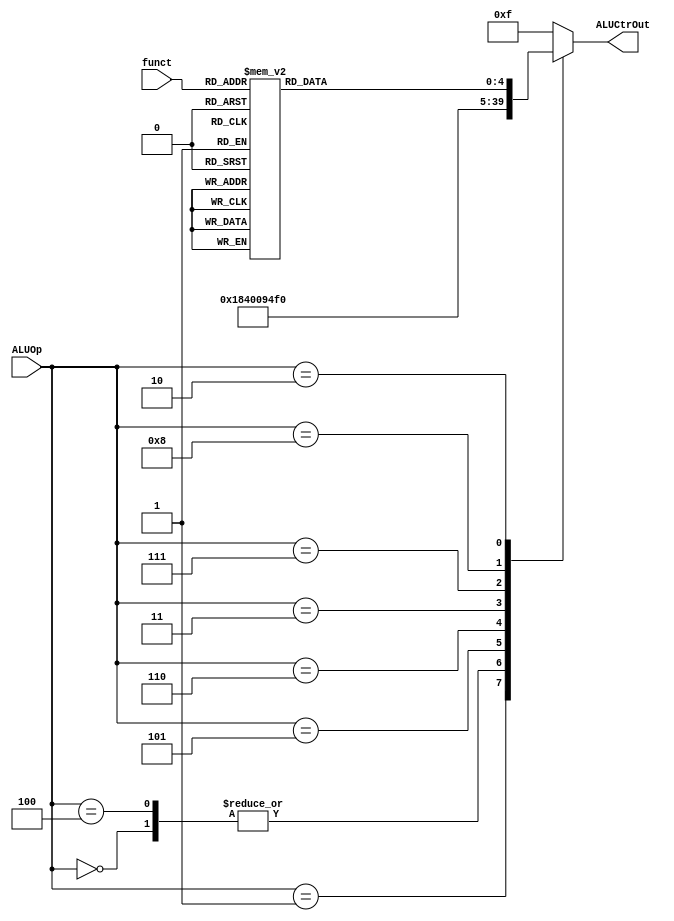
`timescale 1ns / 1ps
//////////////////////////////////////////////////////////////////////////////////
// Company: 
// Engineer: 
// 
// Design Name: 
// Module Name: aluCtr
// Project Name: 
// Target Devices: 
// Tool Versions: 
// Description: 
// 
// Dependencies: 
// 
// Revision:
// Revision 0.01 - File Created
// Additional Comments:
// 
//////////////////////////////////////////////////////////////////////////////////


module aluCtr(
    input [3:0] ALUOp,
    input [5:0] funct,
    output reg [4:0] ALUCtrOut
    );
    initial begin
    ALUCtrOut=0;
    end
    always @ (ALUOp or funct)
    begin
        case (ALUOp)
            4'b0000: ALUCtrOut=5'b00010;
            4'b0001: ALUCtrOut=5'b00110;
            4'b0100: ALUCtrOut=5'b00010;
            4'b0101: ALUCtrOut=5'b00000;
            4'b0110: ALUCtrOut=5'b00001;
            4'b0011: ALUCtrOut=5'b00101;
            4'b0111: ALUCtrOut=5'b00111;
            4'b1000: ALUCtrOut=5'b10000;
        4'b0010: 
        begin
            case (funct)
            6'b100000:ALUCtrOut=5'b00010;//add
            6'b100001:ALUCtrOut=5'b00010;//addu
            6'b100010:ALUCtrOut=5'b00110;//sub
            6'b100011:ALUCtrOut=5'b00110;//subu
            6'b100100:ALUCtrOut=5'b00000;//and
            6'b100101:ALUCtrOut=5'b00001;//or
            6'b100110:ALUCtrOut=5'b00101;//xor
            6'b100111:ALUCtrOut=5'b01100;//nor
            6'b101010:ALUCtrOut=5'b00111;//slt
            6'b101011:ALUCtrOut=5'b01110;//sltu
            6'b000000:ALUCtrOut=5'b00011;//sll
            6'b000010:ALUCtrOut=5'b00100;//slr
            6'b000011:ALUCtrOut=5'b01011;//sra
            6'b000100:ALUCtrOut=5'b01001;//sllv
            6'b000110:ALUCtrOut=5'b01010;//slrv
            6'b000111:ALUCtrOut=5'b01101;//srav
            6'b001000:ALUCtrOut=5'b01000;
            default:ALUCtrOut=5'b01111;
            endcase
        end
        default:
            ALUCtrOut=5'b01111;
        endcase
    end
endmodule